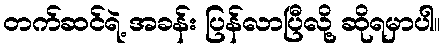
တက်ဆင်ရဲ့ အခန်း ပြန်လာပြီလို့ ဆိုရမှာပါ။